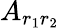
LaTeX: A_{r_{1}r_{2}}